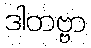
ဒါတဗ္ဗာ